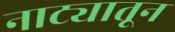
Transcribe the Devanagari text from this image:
नाट्यातून